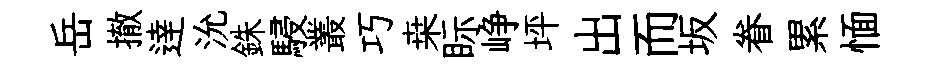
岳撤逹沇銖駸叢巧桒眎峥坪出而坂眷累愐